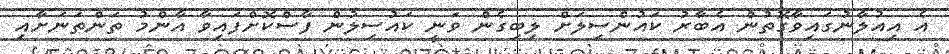
އެ އިއުލާނުގައިވާގޮތުން އެބާރު ކައުންސިލަށް ލިބިގެން ވަނީ ކައުސިލުން ފާސްކޮށްފައިވާ އާންމު ތަންތަނަށާއި